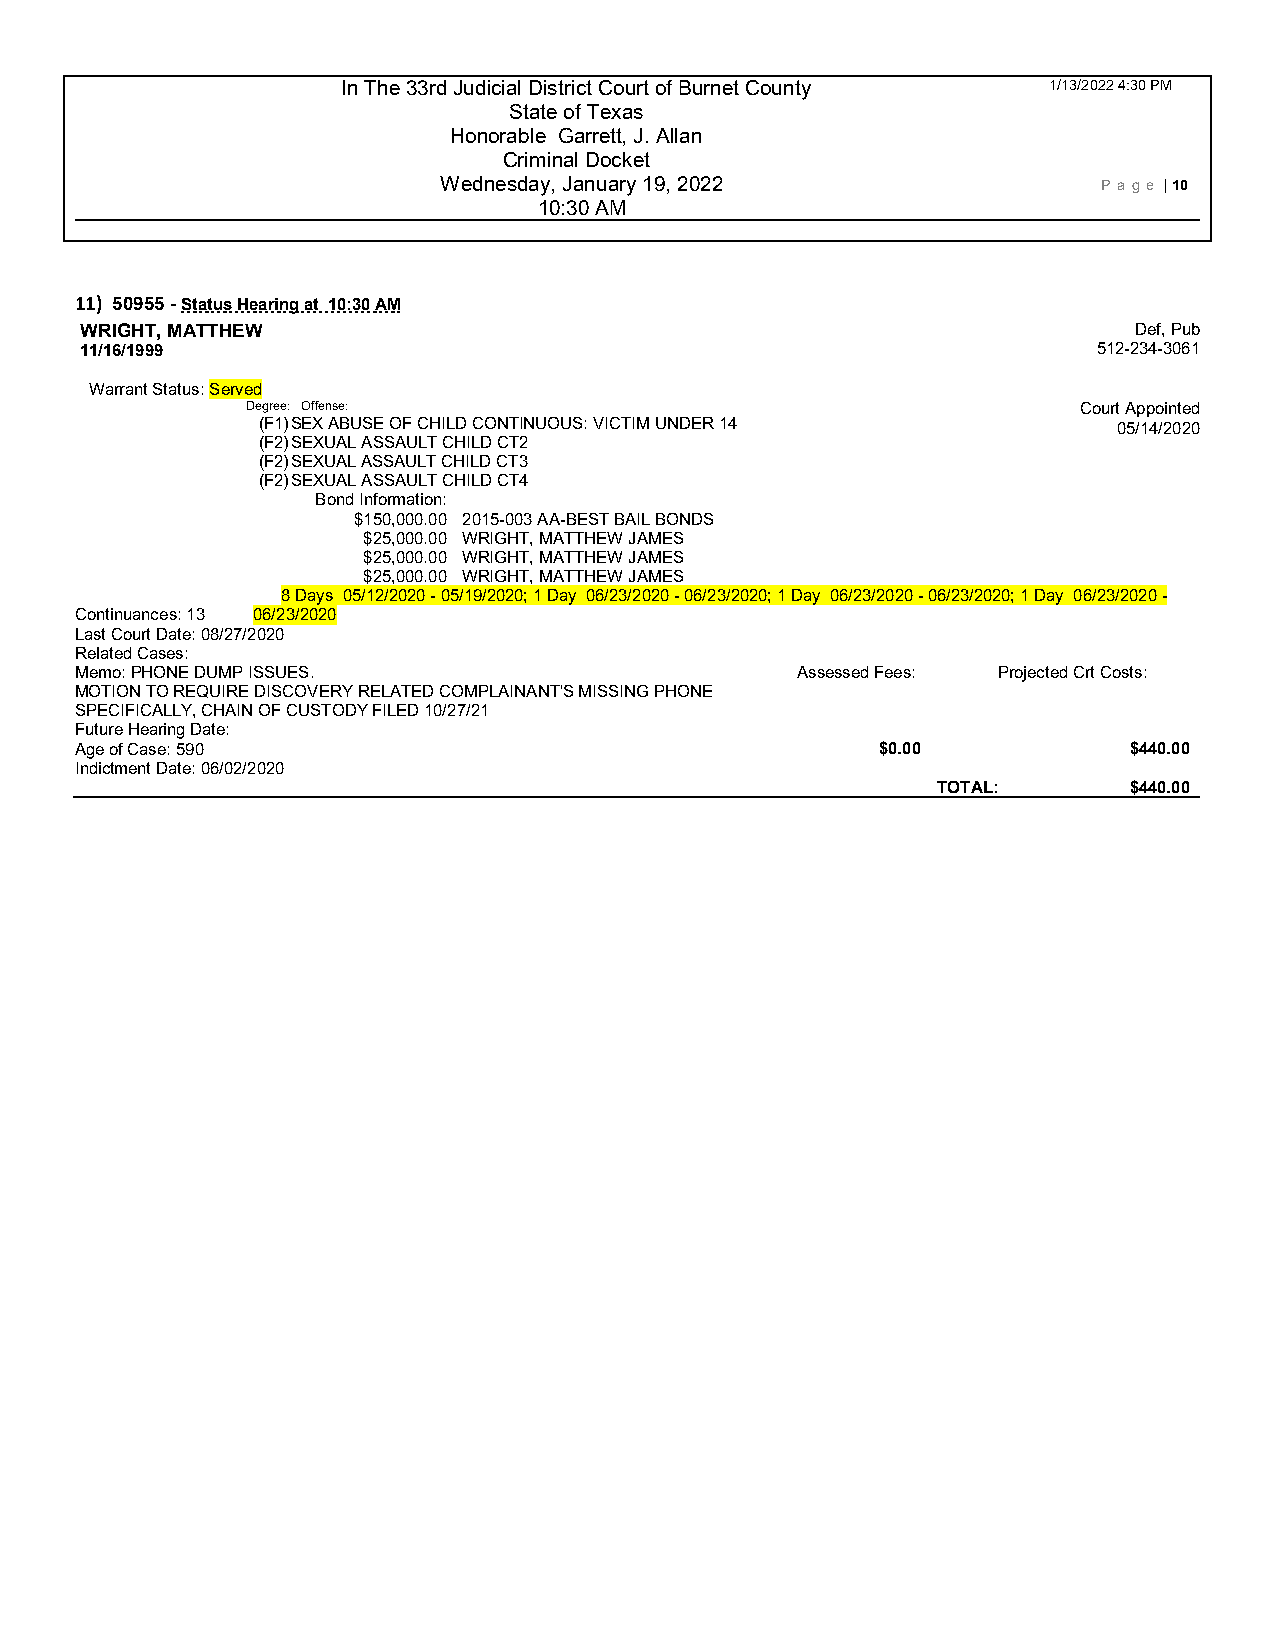
In The 33rd Judicial District Court of Burnet County 1/13/2022 4:30 PM
 State of Texas
 Honorable Garrett, J. Allan
 Criminal Docket
 Wednesday, January 19, 2022                 P age | 10
 10:30 AM
 11) 50955 - Status Hearing at 10:30 AM
 WRIGHT, MATTHEW                                                       Def, Pub
 11/16/1999                                                          512-234-3061
 Warrant Status: Served
 Degree: Offense:                                       Court Appointed
 (F1) SEX ABUSE OF CHILD CONTINUOUS: VICTIM UNDER 14      05/14/2020
 (F2) SEXUAL ASSAULT CHILD CT2
 (F2) SEXUAL ASSAULT CHILD CT3
 (F2) SEXUAL ASSAULT CHILD CT4
 Bond Information:
 $150,000.00 2015-003 AA-BEST BAIL BONDS
 $25,000.00 WRIGHT, MATTHEW JAMES
 $25,000.00 WRIGHT, MATTHEW JAMES
 $25,000.00 WRIGHT, MATTHEW JAMES
 8 Days 05/12/2020 - 05 /19/2020; 1 Day 06/23/2020 - 06/23/2020; 1 Day 06/23/2020 - 06/23/2020; 1 Day 06/23/2020 -
 Continuances: 13 06/23/2020
 Last Court Date: 08/27/2020
 Related Cases:
 Memo: PHONE DUMP ISSUES.                        Assessed Fees: Projected Crt Costs:
 MOTION TO REQUIRE DISCOVERY RELATED COMPLAINANT'S MISSING PHONE
 SPECIFICALLY, CHAIN OF CUSTODY FILED 10/27/21
 Future Hearing Date:
 Age of Case: 590                                     $0.00            $440.00
 Indictment Date: 06/02/2020
 TOTAL:       $440.00